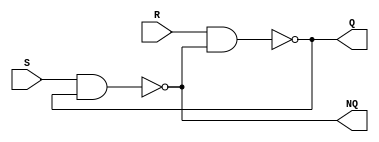
module RS_latch(
    input wire S,
    input wire R,
    output wire Q,
    output wire NQ
    );

assign Q = ~(R & NQ);
assign NQ = ~(S & Q);

endmodule



module test_rs;

reg S, R;
wire Q, NQ;

RS_latch rs_imp(S, R, Q, NQ);

initial
begin
    S = 0; R = 0;

    #10 S = 1; R = 0;

    #10 S = 0; R = 1;

    #10 S = 1; R = 0;

    #10 S = 1; R = 1;

    #10 S = 0; R = 0;
end

initial
begin
  #60 $finish;
end

initial
begin
    $dumpfile("out.vcd");
    $dumpvars(0, test_rs);
end

endmodule